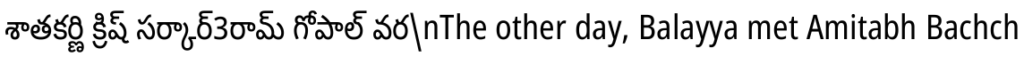
శాతకర్ణి క్రిష్ సర్కార్3రామ్ గోపాల్ వర\nThe other day, Balayya met Amitabh Bachch